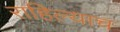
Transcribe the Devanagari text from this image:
राहिल्याच